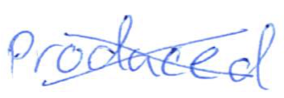
Text: produced
Cross-out: cross
Writing tool: ballpoint